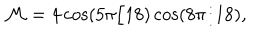
{ \cal M } = 4 \cos ( 5 \pi / 1 8 ) \cos ( 8 \pi / 1 8 ) ,